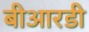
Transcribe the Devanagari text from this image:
बीआरडी